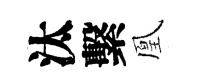
汰繫凰